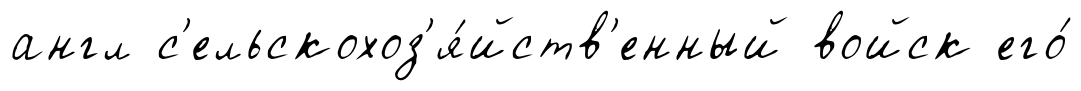
англ с'ельскохоз'я́йств'енный войск его́